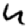
Digit: 4